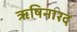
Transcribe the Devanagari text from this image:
ऋषिनारद